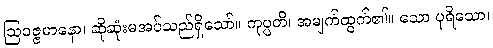
ဩဝဇ္ဇမာနော၊ ဆိုဆုံးမအပ်သည်ရှိသော်။ ကုပ္ပတိ၊ အမျက်ထွက်၏။ သော ပုရိသော၊